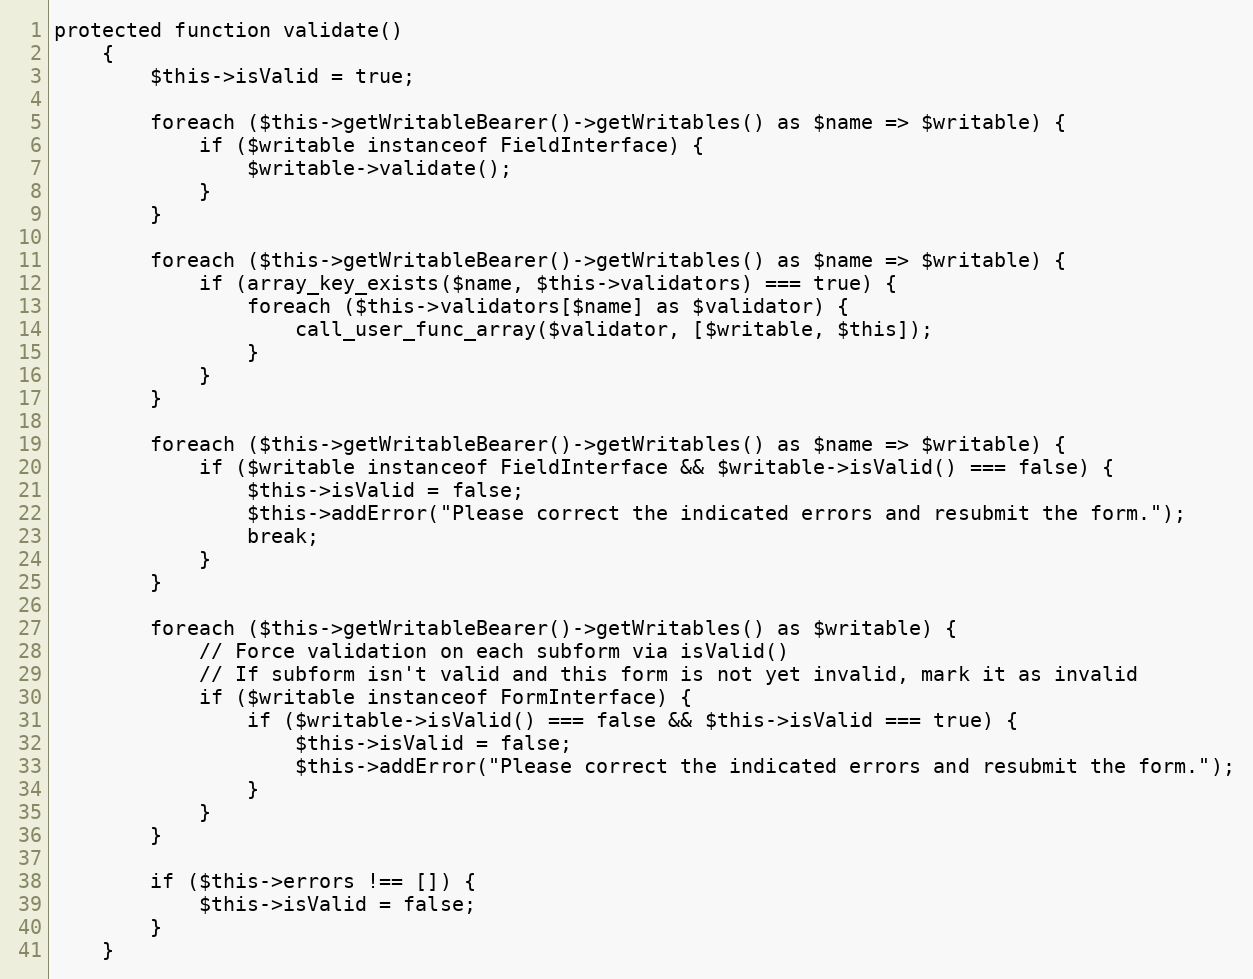
Language: PHP
protected function validate()
    {
        $this->isValid = true;

        foreach ($this->getWritableBearer()->getWritables() as $name => $writable) {
            if ($writable instanceof FieldInterface) {
                $writable->validate();
            }
        }

        foreach ($this->getWritableBearer()->getWritables() as $name => $writable) {
            if (array_key_exists($name, $this->validators) === true) {
                foreach ($this->validators[$name] as $validator) {
                    call_user_func_array($validator, [$writable, $this]);
                }
            }
        }

        foreach ($this->getWritableBearer()->getWritables() as $name => $writable) {
            if ($writable instanceof FieldInterface && $writable->isValid() === false) {
                $this->isValid = false;
                $this->addError("Please correct the indicated errors and resubmit the form.");
                break;
            }
        }

        foreach ($this->getWritableBearer()->getWritables() as $writable) {
            // Force validation on each subform via isValid()
            // If subform isn't valid and this form is not yet invalid, mark it as invalid
            if ($writable instanceof FormInterface) {
                if ($writable->isValid() === false && $this->isValid === true) {
                    $this->isValid = false;
                    $this->addError("Please correct the indicated errors and resubmit the form.");
                }
            }
        }

        if ($this->errors !== []) {
            $this->isValid = false;
        }
    }